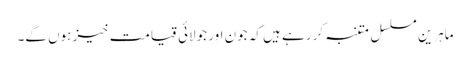
ماہرین مسلسل متنبہ کر رہے ہیں کہ جون اور جولائی قیامت خیز ہوں گے۔